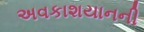
અવકાશયાનની